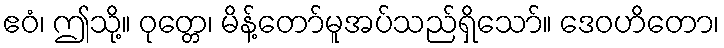
ဧဝံ၊ ဤသို့။ ဝုတ္တေ၊ မိန့်တော်မူအပ်သည်ရှိသော်။ ဒေဝဟိတော၊